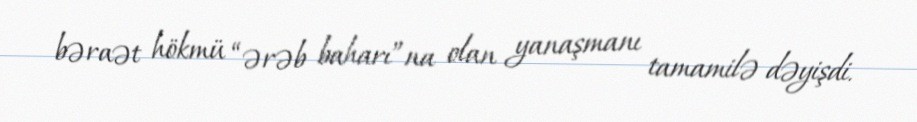
bəraət hökmü “ərəb baharı”na olan yanaşmanı tamamilə dəyişdi.